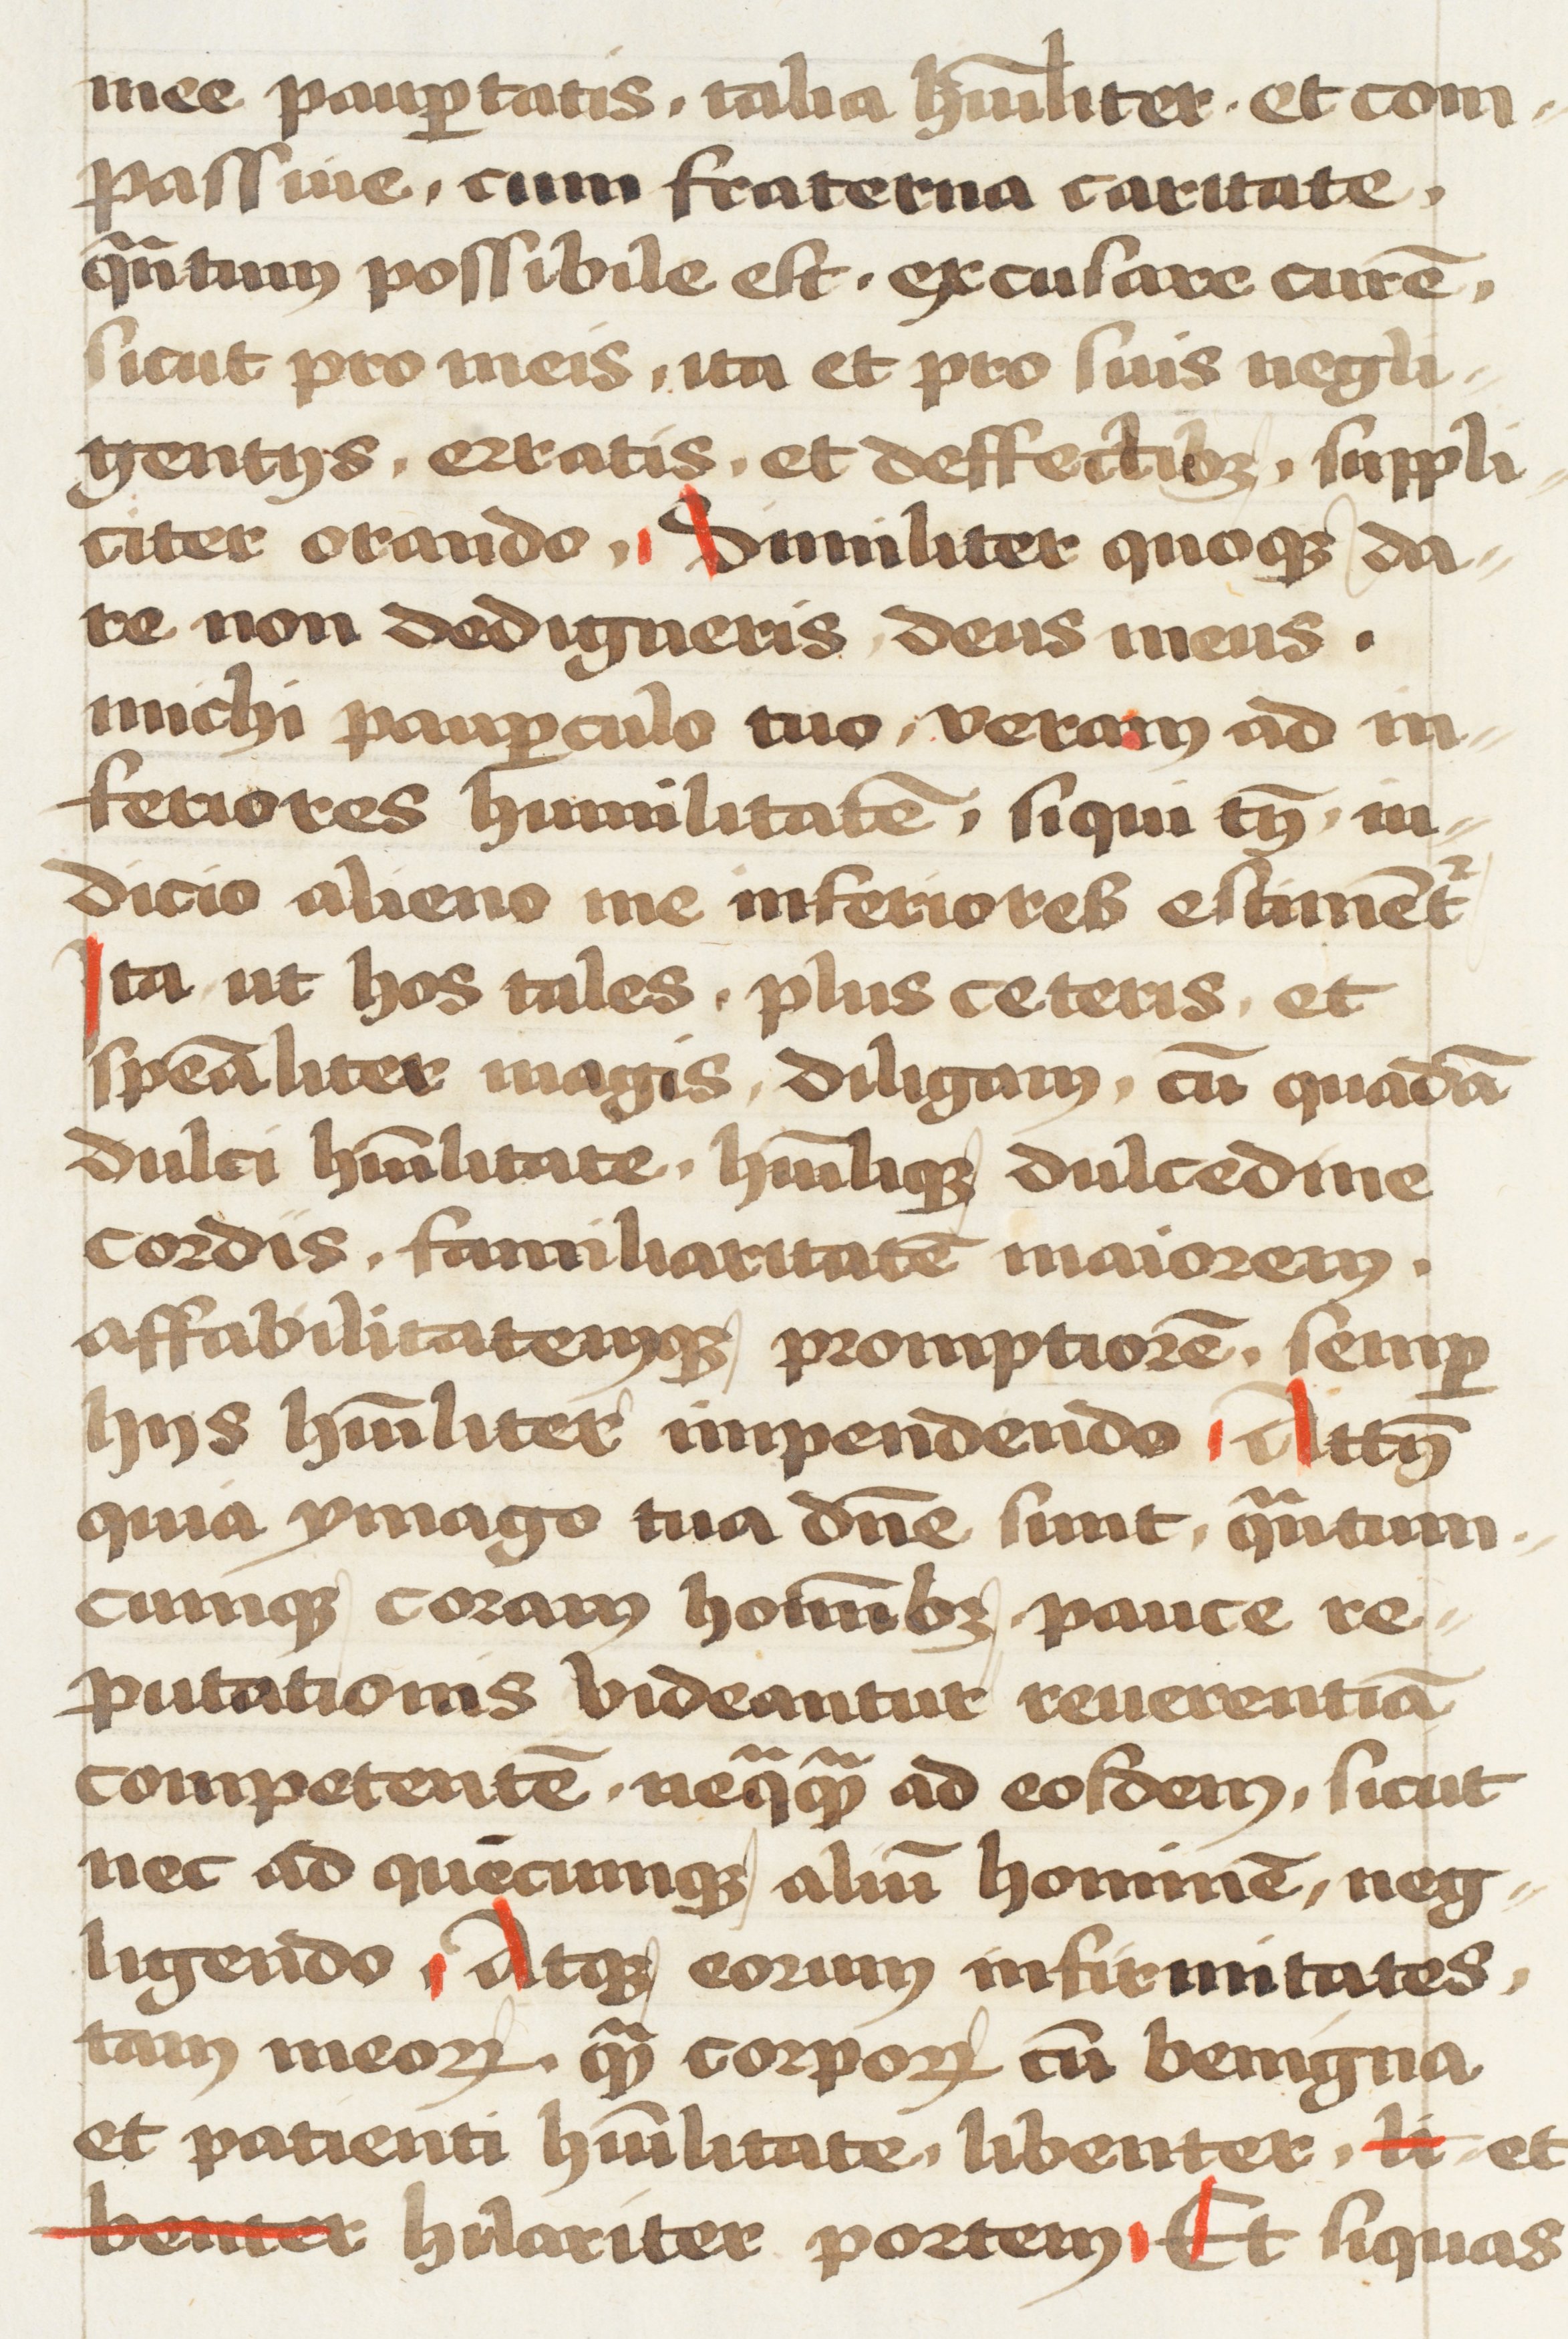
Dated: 1472–1472